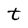
Character: t